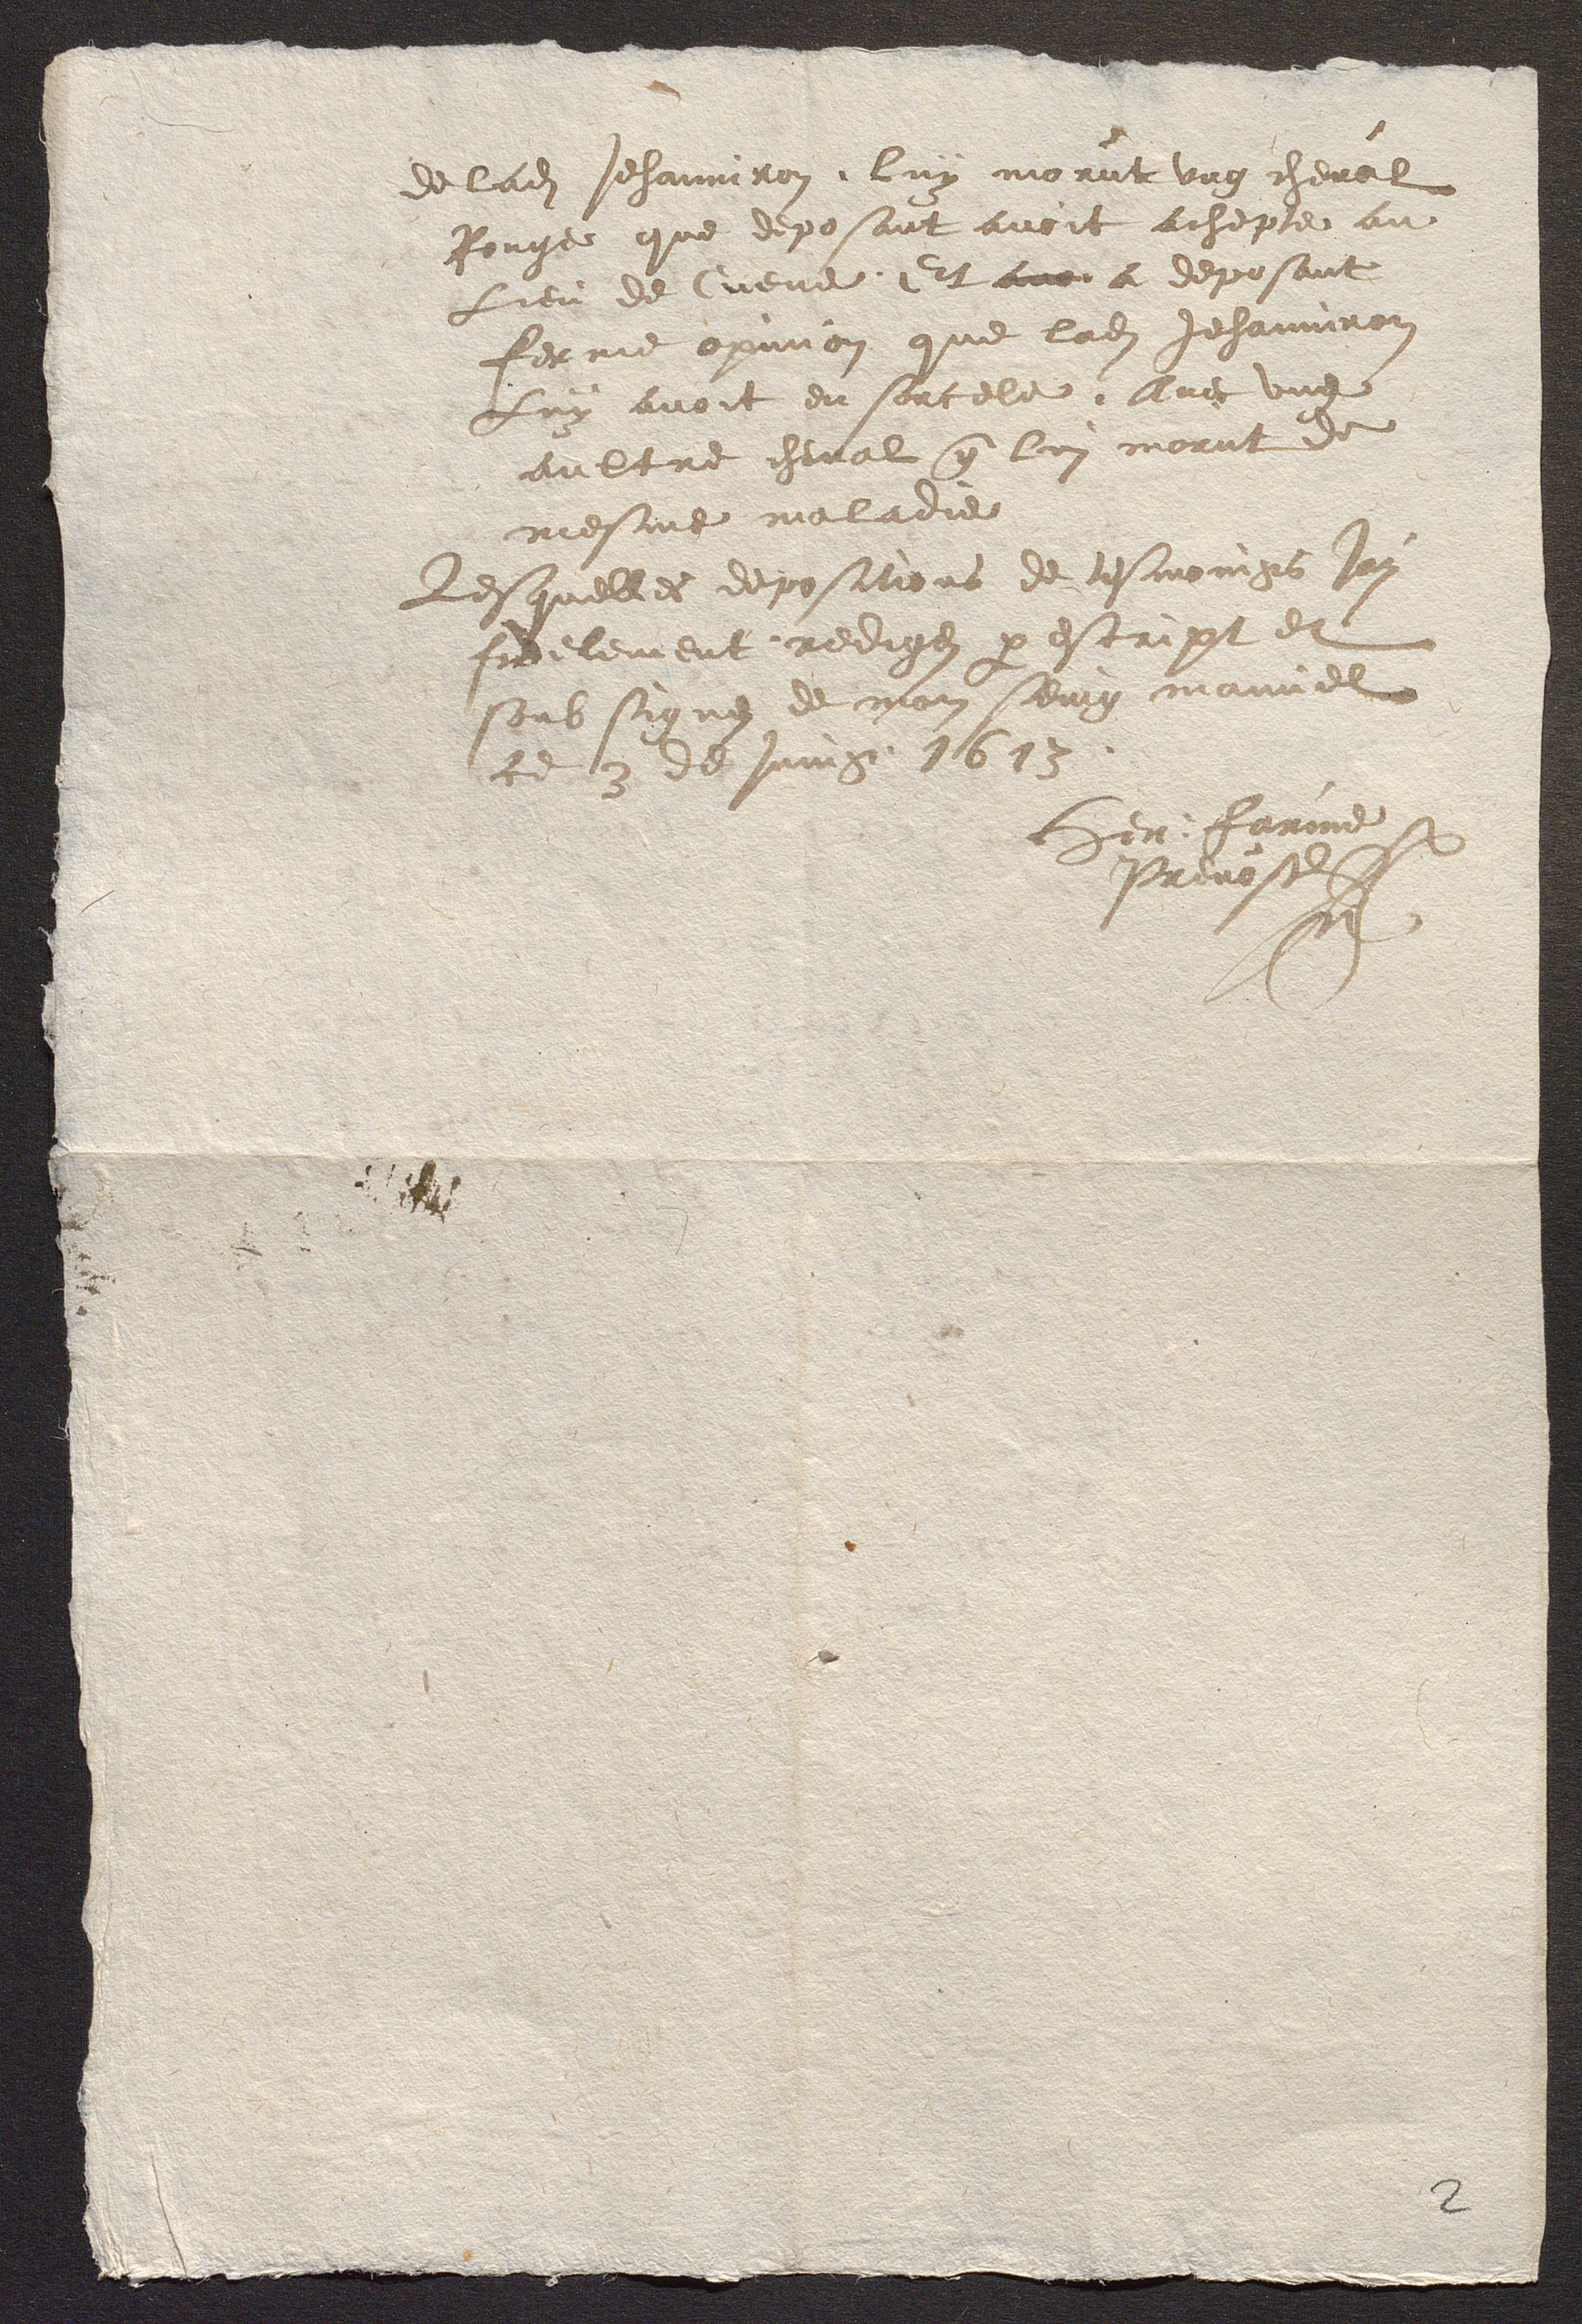
de lad Jehanniron, luy morut ung cheval
Rouge que deposant avoit achepte au
Lieu de Cueve, Et avoi a deposant
ferme opinion que lad Jehanniron
Luy avoit en sorcele, Avec ung
aultre cheval q lui morut de
mesme maladie
Lesquelles depositions de tesmoings Jay
fidelement rediges p escript et
soub signes de mon seing manuel
ce 3 de Juing 1613.
Hen : Farine
Prevost
HF